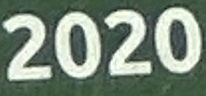
2020